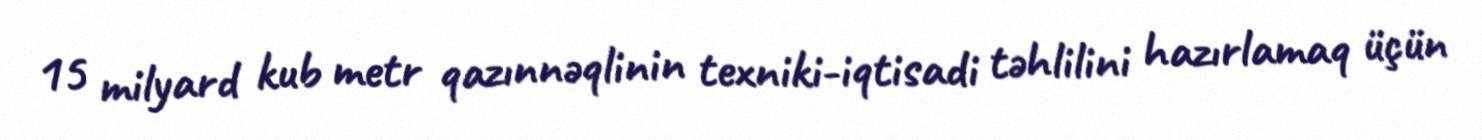
15 milyard kub metr qazınnəqlinin texniki-iqtisadi təhlilini hazırlamaq üçün